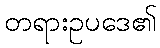
တရားဥပဒေ၏